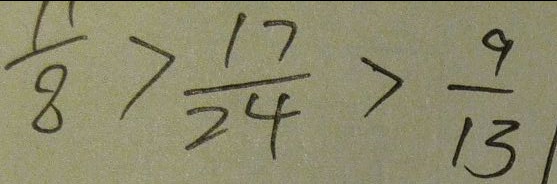
\frac { 1 1 } { 8 } > \frac { 1 7 } { 2 4 } > \frac { 9 } { 1 3 }